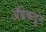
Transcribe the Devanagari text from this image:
अॅबेकडून